Vaccination Hyderabad 1872-1889 - 1872-1889
Year: 1872
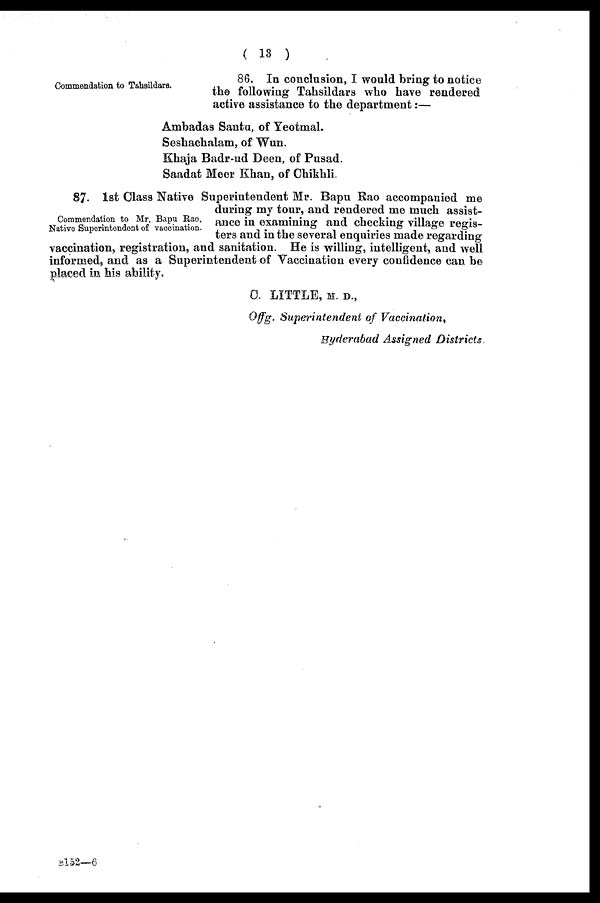
( 13 )
Commendation to Tahsildars.
86. In conclusion, I would bring to notice
the following Tahsildars who have rendered
active assistance to the department:—
Ambadas Santu, of Yeotmal.
Seshachalam, of Wun.
Khaja Badr-ud Deen, of Pusad.
Saadat Meer Khan, of Chikhli.
Commendation to Mr. Bapu Rao,
Native Superintendent of vaccination.
87. 1st Class Native Superintendent Mr. Bapu Rao accompanied me
during my tour, and rendered me much assist-
ance in examining and checking village regis-
ters and in the several enquiries made regarding
vaccination, registration, and sanitation. He is willing, intelligent, and well
informed, and as a Superintendent of Vaccination every confidence can be
placed in his ability.
C. LITTLE, M. D.,
Offg. Superintendent of Vaccination,
Hyderabad Assigned Districts.
B152—6